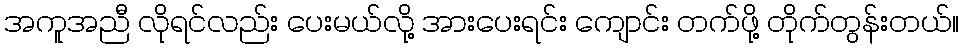
အကူအညီ လိုရင်လည်း ပေးမယ်လို့ အားပေးရင်း ကျောင်း တက်ဖို့ တိုက်တွန်းတယ်။